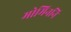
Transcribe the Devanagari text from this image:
मोमिननि